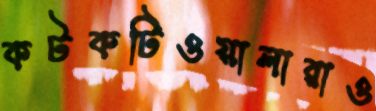
কটকটিওয়ালারাও